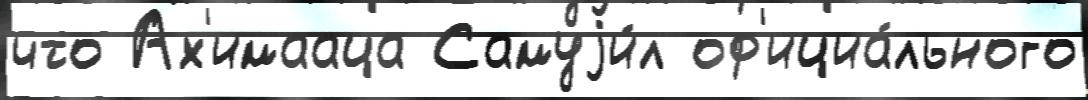
что Ах'имааца Самуjи́л оф'ициа́льного